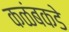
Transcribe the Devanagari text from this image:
कळंबकडे